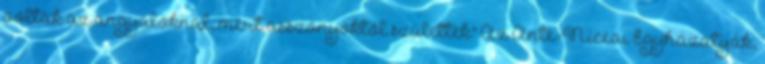
voltak az angyaloknál, mert asszonyoktól születtek" Az Ante-Niceai Egyházatyák,